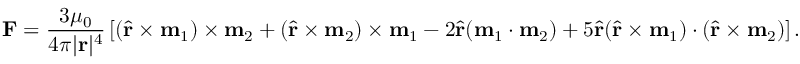
\mathbf { F } = { \frac { 3 \mu _ { 0 } } { 4 \pi | \mathbf { r } | ^ { 4 } } } \left[ ( { \hat { \mathbf { r } } } \times \mathbf { m } _ { 1 } ) \times \mathbf { m } _ { 2 } + ( { \hat { \mathbf { r } } } \times \mathbf { m } _ { 2 } ) \times \mathbf { m } _ { 1 } - 2 { \hat { \mathbf { r } } } ( \mathbf { m } _ { 1 } \cdot \mathbf { m } _ { 2 } ) + 5 { \hat { \mathbf { r } } } ( { \hat { \mathbf { r } } } \times \mathbf { m } _ { 1 } ) \cdot ( { \hat { \mathbf { r } } } \times \mathbf { m } _ { 2 } ) \right] .